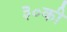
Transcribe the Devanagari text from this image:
३०की